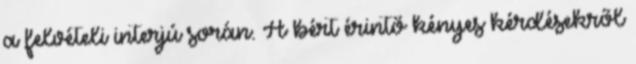
a felvételi interjú során. A bért érintő kényes kérdésekről